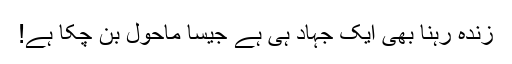
زندہ رہنا بھی ایک جہاد ہی ہے جیسا ماحول بن چکا ہے!